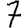
Digit: 7